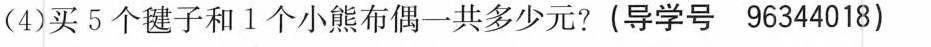
(4)买5个毽子和1个小熊布偶一共多少元?(导学号96344018)